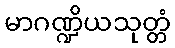
မာဂဏ္ဍိယသုတ္တံ